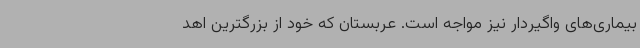
بیماری‌های واگیردار نیز مواجه است. عربستان که خود از بزرگترین اهد